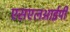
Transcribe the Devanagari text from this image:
एसएलआईपी